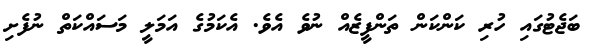
ބަޖެޓުގައި ހުރި ކަންކަން ތަންފީޒެއް ނުވެ އެވެ. އެކަމުގެ އަމަލީ މަސައްކަތް ނުފެށި